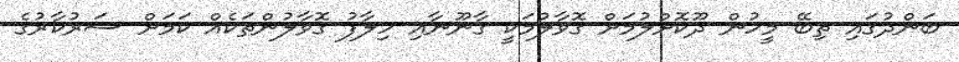
ބަންދުގައި ތިބޭ މީހުން ދޫކޮށްލުމަށް ގޮވާލުމަކީ ގާނޫނާއި ހިލާފު ގޮވާލުންތަކެއް ކަމަށް ސަރުކާރުގެ